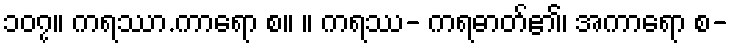
၁၀၇။ ကရဿာ.ကာရော စ။ ။ ကရဿ- ကရဓာတ်၏၊ အကာရော စ-